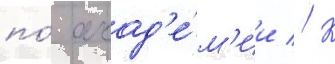
по́ акад'е́м'ии // К